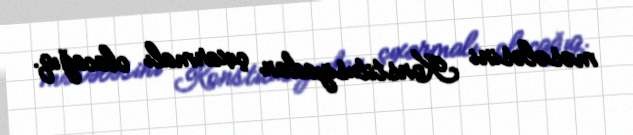
məsələsini Konstitusiyadan çıxarmalı olacağıq.